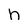
Character: n